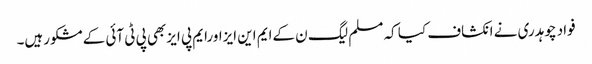
فواد چوہدری نے انکشاف کیا کہ مسلم لیگ ن کےایم این ایزاورایم پی ایزبھی پی ٹی آئی کےمشکورہیں۔